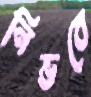
নিভবে